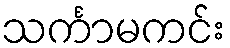
သင်္ကာမကင်း